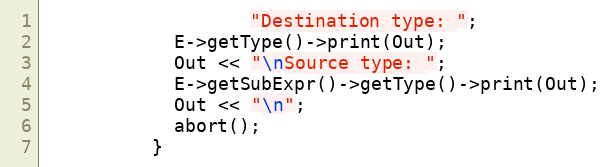
Language: C++
                   "Destination type: ";
            E->getType()->print(Out);
            Out << "\nSource type: ";
            E->getSubExpr()->getType()->print(Out);
            Out << "\n";
            abort();
          }